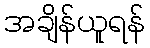
အချိန်ယူရန်